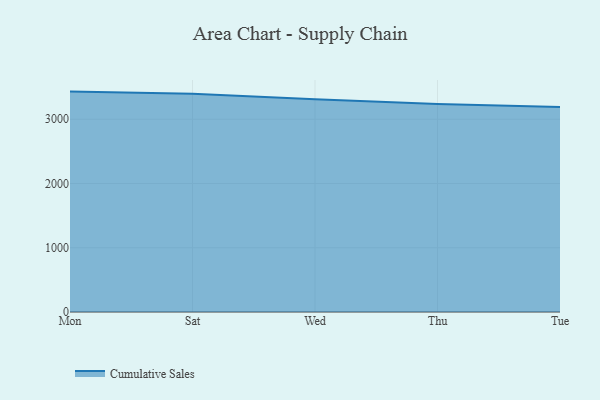
{"axis": {"x": "Day", "y": "Backlog"}, "legend": ["Cumulative Sales"], "data": [{"x": "Mon", "y": 3430.5, "type": "Cumulative Sales"}, {"x": "Sat", "y": 3395.8, "type": "Cumulative Sales"}, {"x": "Wed", "y": 3312.8, "type": "Cumulative Sales"}, {"x": "Thu", "y": 3238.3, "type": "Cumulative Sales"}, {"x": "Tue", "y": 3192.6, "type": "Cumulative Sales"}]}